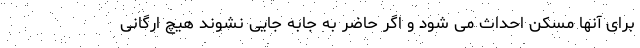
برای آنها مسکن احداث می شود و اگر حاضر به جابه جایی نشوند هیچ ارگانی